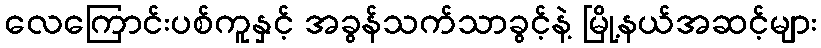
လေကြောင်းပစ်ကူနှင့် အခွန်သက်သာခွင့်နဲ့ မြို့နယ်အဆင့်များ